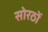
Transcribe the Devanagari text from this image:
सोरठों